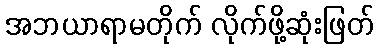
အဘယာရာမတိုက် လိုက်ဖို့ဆုံးဖြတ်